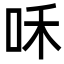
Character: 咊